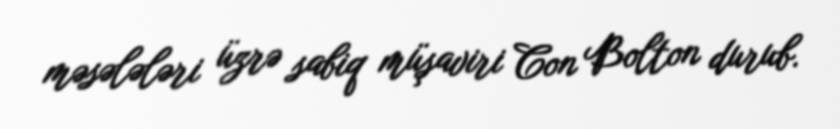
məsələləri üzrə sabiq müşaviri Con Bolton durub.